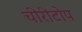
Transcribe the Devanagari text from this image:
चीरीटोप